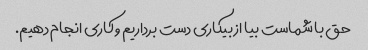
حق با شماست بیا از بیکاری دست برداریم و کاری انجام دهیم.